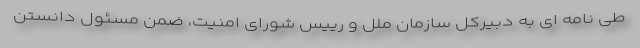
طی نامه ای به دبیرکل سازمان ملل و رییس شورای امنیت، ضمن مسئول دانستن